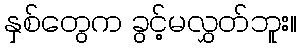
နှစ်တွေက ခွင့်မလွှတ်ဘူး။